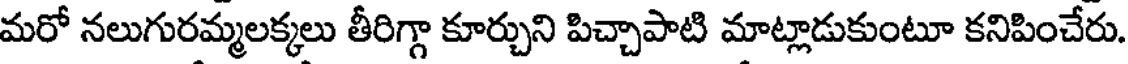
మరో నలుగురమ్మలక్కలు తీరిగ్గా కూర్చుని పిచ్చాపాటి మాట్లాడుకుంటూ కనిపించేరు.